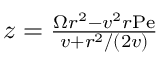
\begin{array} { r } { z = \frac { \Omega r ^ { 2 } - v ^ { 2 } r \mathrm { P e } } { v + r ^ { 2 } / ( 2 v ) } \, } \end{array}